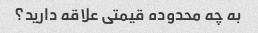
به چه محدوده قیمتی علاقه دارید؟